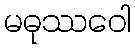
မဓုဿဝေါ